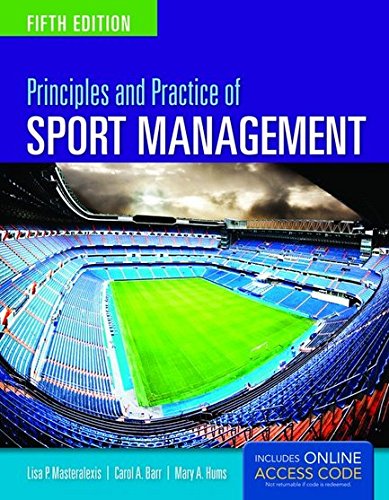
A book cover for Principles And Practice Of Sport Management; Lisa P. Masteralexis; Business & Money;